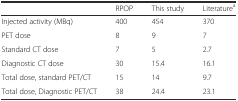
<table><thead><tr><td></td><td><b>RPOP</b></td><td><b>This study</b></td><td><b>Literature<sup>a</sup></b></td></tr></thead><tbody><tr><td>Injected activity (MBq)</td><td>400</td><td>454</td><td>370</td></tr><tr><td>PET dose</td><td>8</td><td>9</td><td>7</td></tr><tr><td>Standard CT dose</td><td>7</td><td>5</td><td>2.7</td></tr><tr><td>Diagnostic CT dose</td><td>30</td><td>15.4</td><td>16.1</td></tr><tr><td>Total dose, standard PET/CT</td><td>15</td><td>14</td><td>9.7</td></tr><tr><td>Total dose, Diagnostic PET/CT</td><td>38</td><td>24.4</td><td>23.1</td></tr></tbody></table>